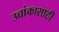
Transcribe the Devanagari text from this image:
उच्चांकासाठी